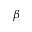
\beta